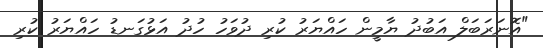
"އޮނަރަބަލް އަބުދު ޔާމީން ހައްޔަރު ކުރި ދުވަހު ހުދު އަޅުގަނޑު ހައްޔަރު ކުރި